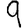
Digit: 9